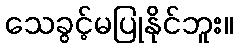
သေခွင့်မပြုနိုင်ဘူး။